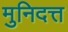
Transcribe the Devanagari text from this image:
मुनिदत्त